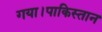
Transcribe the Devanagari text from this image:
गया।पाकिस्तान